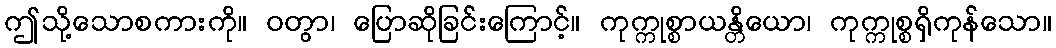
ဤသို့သောစကားကို။ ဝတွာ၊ ပြောဆိုခြင်းကြောင့်။ ကုက္ကုစ္စာယန္တိယော၊ ကုက္ကုစ္စရှိကုန်သော။